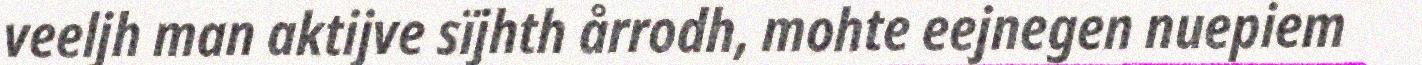
veeljh man aktijve sïjhth årrodh, mohte eejnegen nuepiem